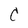
Character: C